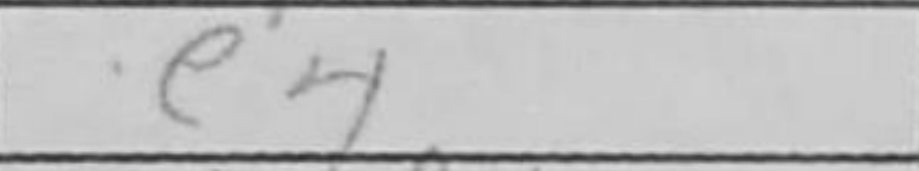
Transcription: e4